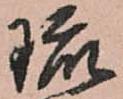
硫